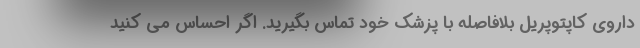
داروی کاپتوپریل بلافاصله با پزشک خود تماس بگیرید. اگر احساس می کنید